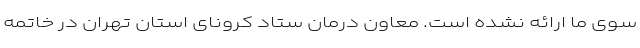
سوی ما ارائه نشده است. معاون درمان ستاد کرونای استان تهران در خاتمه